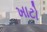
ખાટો